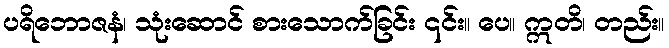
ပရိဘောဇနံ၊ သုံးဆောင် စားသောက်ခြင်း ၎င်း။ ပေ။ ဣတိ၊ တည်း။